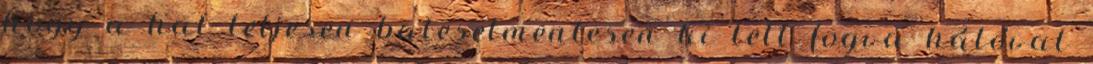
hogy a hal teljesen balesetmentesen ki lett fogva hálóval